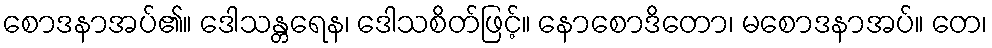
စောဒနာအပ်၏။ ဒေါသန္တရေန၊ ဒေါသစိတ်ဖြင့်။ နောစောဒိတော၊ မစောဒနာအပ်။ တေ၊